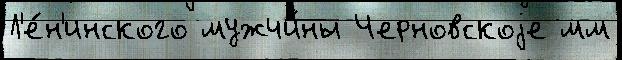
Л'е́н'инского мужчи́ны Черновскоjе мм